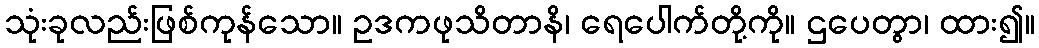
သုံးခုလည်းဖြစ်ကုန်သော။ ဥဒကဖုသိတာနိ၊ ရေပေါက်တို့ကို။ ဌပေတွာ၊ ထား၍။